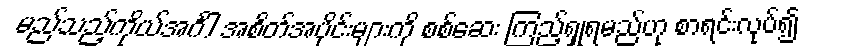
မည်သည့်ကိုယ်အင်္ဂါ အစိတ်အပိုင်းများကို စစ်ဆေး ကြည့်ရှုရမည်ဟု စာရင်းလုပ်၍